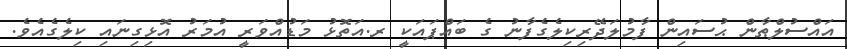
އައްސުލްޠާން ޙުސައިން ފާމުލަދޭރިކިލެގެފާނު ގެ ބައްޕައަކީ ރ.އަތޮޅު މަޑުއްވަރީ އުމަރު އޮޅިގިނައި ކިލެގެއެވެ.